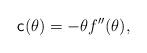
LaTeX: \begin{align*}\textsf{c}(\theta)= -\theta f''(\theta),\end{align*}